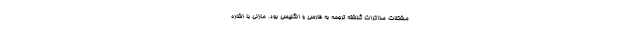
مشکلات مذاکرات گذشته ترجمه به فارسی و انگلیسی بود. مازنی با اشاره